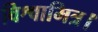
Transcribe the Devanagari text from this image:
विश्वामित्र।